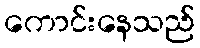
ကောင်းနေသည်